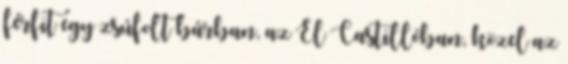
férfit egy zsúfolt bárban, az El Castillóban, közel az